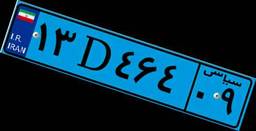
۷۲D۵۹۹۶۰